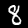
Digit: 8